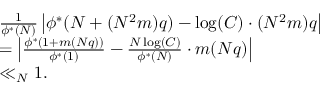
\begin{array} { r l } & { \frac { 1 } { \phi ^ { * } ( N ) } \left| \phi ^ { * } ( N + ( N ^ { 2 } m ) q ) - \log ( C ) \cdot ( N ^ { 2 } m ) q \right| } \\ & { = \left| \frac { \phi ^ { * } ( 1 + m ( N q ) ) } { \phi ^ { * } ( 1 ) } - \frac { N \log ( C ) } { \phi ^ { * } ( N ) } \cdot m ( N q ) \right| } \\ & { \ll _ { N } 1 . } \end{array}